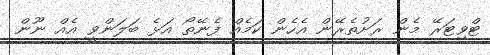
ޓްވިޓަރޭ މެން ރަށުތެރޭން އެހެން ކަމެއް ފެނޭތޯ އަޅެ ބަލަންވީ އެއް ނޫން